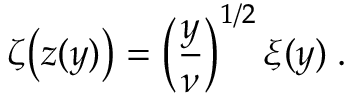
\zeta \! \left( z ( y ) \right) = \left( \frac { y } { \nu } \right) ^ { 1 / 2 } \xi ( y ) \; .